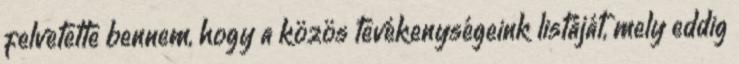
felvetette bennem, hogy a közös tevékenységeink listáját, mely eddig